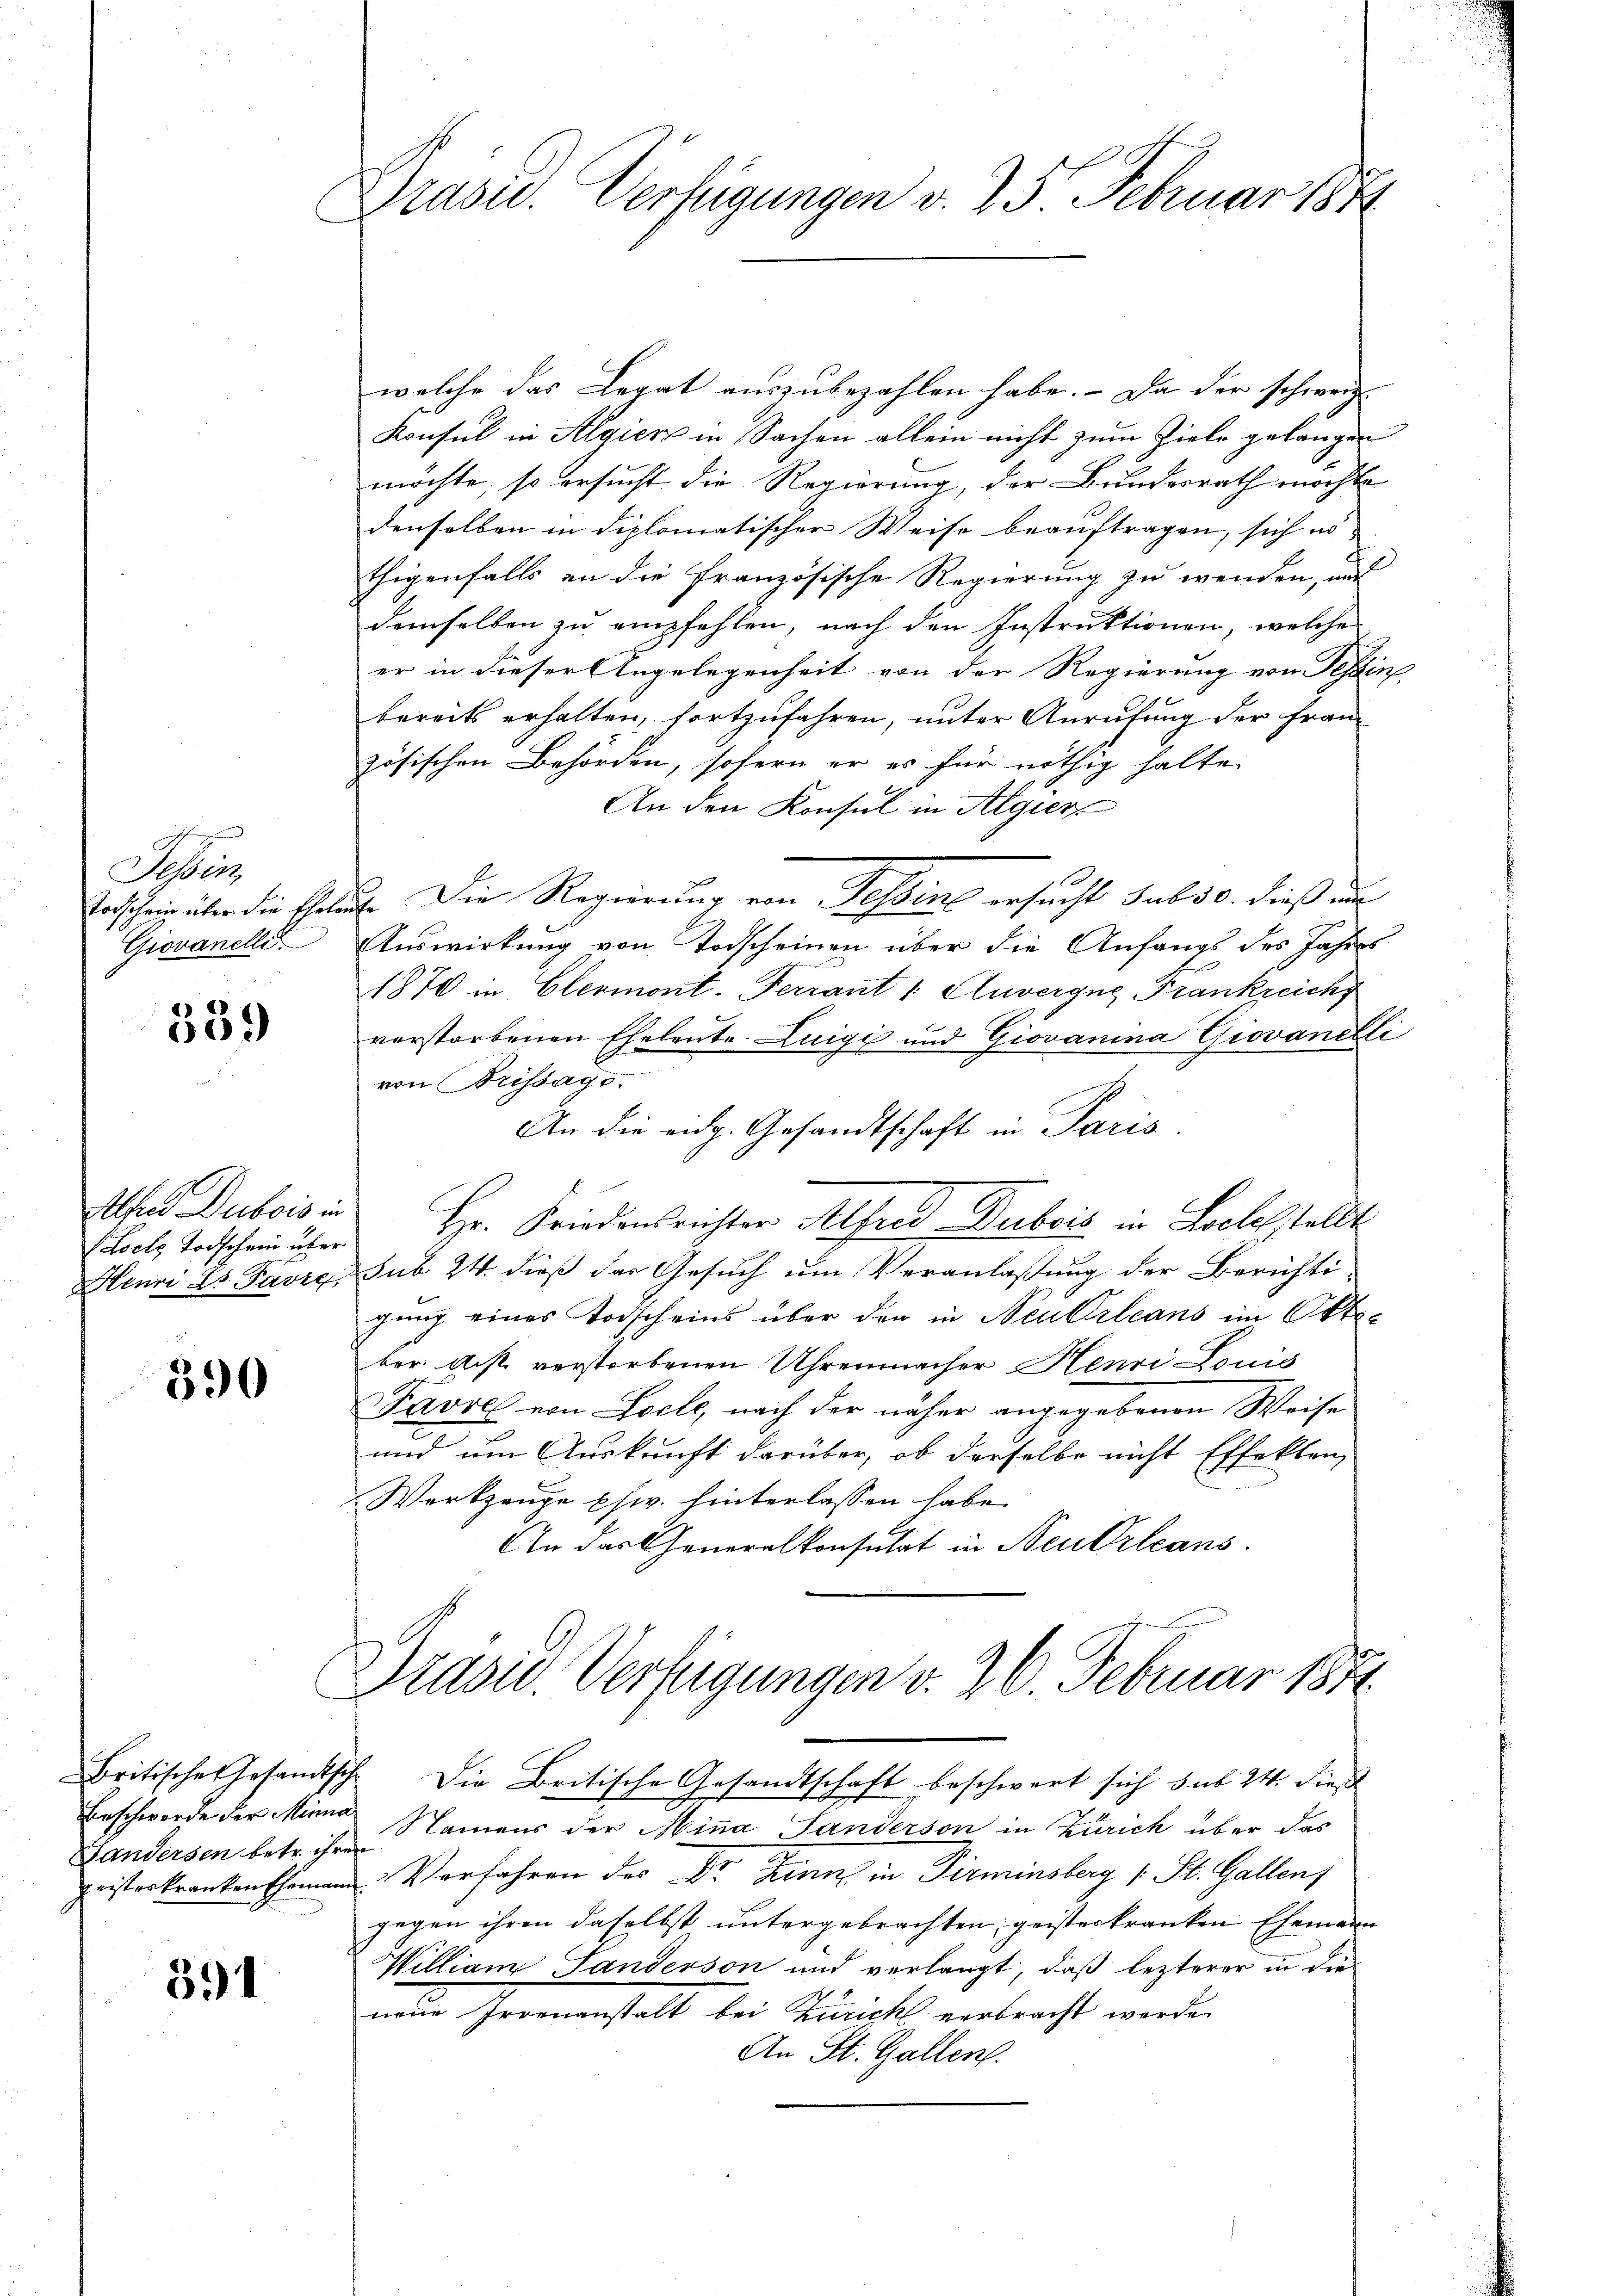
Tessin,
Todschein über die Ehele
Giovanelli

339

Athen Dubois in
Loche Todschein über
Henri Ls Favre,

590

Gandersen betr. ihren
n

391

Grasu. Verfügungen v. 25 Februar 1874

welche das Legat auszubezahlen habe. - Da der schweiz.
Konsul in Algien in Sachen allein nicht zum Ziele gelangen
möchte, so ersucht die Regierung, der Bundesrath möchte
denselben in diplomatischer Weise beauftragen, sich nö-
thigenfalls an die französische Regierung zu wenden, mit
demselben zu empfehlen, nach den Instruktionen, welche
er in dieser Angelegenheit von der Regierung von Tessin
bereits erhalten, fortzufahren, unter Anrufung der Frau
zösischen Behörden, sofern er es für nöthig halte
An den Konsul in Algier
E. Die Regierung von Sessene ersucht sub 30. dieß in
Auswirkung von Todscheinen über die Anfangs des Jahres
1870 in Elermont. Ferrant 1 Anvergug Frankreich
verstorbenen Eheleute Luigi und Giovanina Giovanelli
von Brissage
An die eidg. Gesandtschaft in Paris
Hr. Friedensrichter Alfred Dubois in Loelestellt
sub 24. dieß das Gesuch um Veranlaßung der Berichti-
gung eines Todscheins über den in Neukrleans im Okt.
ber. Gist verstorbenen Uhrenmacher Henri Lönig
Favre von Loche, nach der näher angegebenen Weise
und um Auskunft darüber, ob derselbe nicht Effekten,
Werkzeuge phw. hinterlassen habe.
An das Generalkonsulat in Neutrleans

Drasiv. Verfügungen v. 26. Februar 1841.
Britisches Gesandtsch die Britische Gesandtschaft beschwart sich sub 24. dies

Beschwerde der Minne Namens der Mina Sanderson in Zürich über das
eisterkranken Ehemann Verfahren des Dr. Zinn in Pirminsberg (: St. Gallen
gegen ihren daselbst untergebrachten, geisteskranken Ehemann
William Sanderson und verlangt, daß lezterer in die
neue Irrenanstalt bei Zürich verbracht werde.
An St. Gallen.